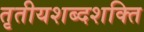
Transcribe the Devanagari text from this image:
तृतीयशब्दशक्ति